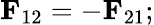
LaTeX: \mathbf{F}_{12}=-\mathbf{F}_{21};